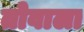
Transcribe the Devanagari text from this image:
तोवाला